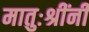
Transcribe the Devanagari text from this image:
मातुःश्रींनी